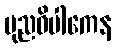
ပုညဝိပါကေန